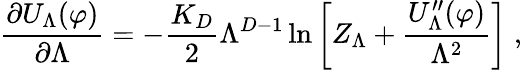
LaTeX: \frac{\partial U_{\Lambda}(\varphi)}{\partial\Lambda}=-\frac{K_{D}}{2}\Lambda^{D-1}\ln\left[Z_{\Lambda}+\frac{U_{\Lambda}^{\prime\prime}(\varphi)}{\Lambda^{2}}\right]\; ,